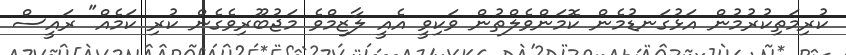
ކުރިމަތިކުރުމުން އަޅުގަނޑުމެން ކޮމަންވެލްތުން ވަކިވީ އެއީ ލާޒިމްވެ މަޖުބޫރިވެގެން ކުރި ކަމެއް" ރައީސް